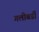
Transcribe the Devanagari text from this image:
गलीबर्डी